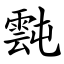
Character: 霕